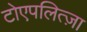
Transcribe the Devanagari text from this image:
टोएपलित्ज़ा